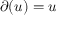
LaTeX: \partial ( u ) = u